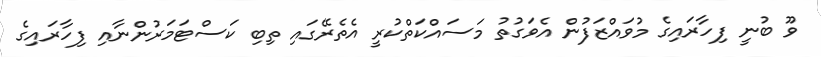
ވޫ ބުނީ ފިހާރައިގެ މުވައްޒަފުން އެވަގުތު މަސައްކަތްކުރީ އެތެރޭގައި ތިބި ކަސްޓަމަރުންނާއި ފިހާރައިގެ